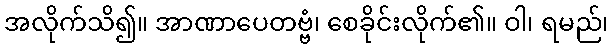
အလိုက်သိ၍။ အာဏာပေတဗ္ဗံ၊ စေခိုင်းလိုက်၏။ ဝါ၊ ရမည်၊